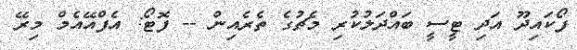
ފޯކައިދޫ އަދި ޓީސީ ބައްދަލުކުރި މެޗުގެ ތެރެއިން -- ފޮޓޯ: އެފްއޭއެމް މިރޭ